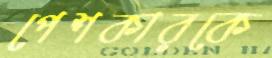
পেশকারকে